Annual report of the Punjab Veterinary College and of the Civil Veterinary Department, Punjab - 1926-1932
Year: 1926
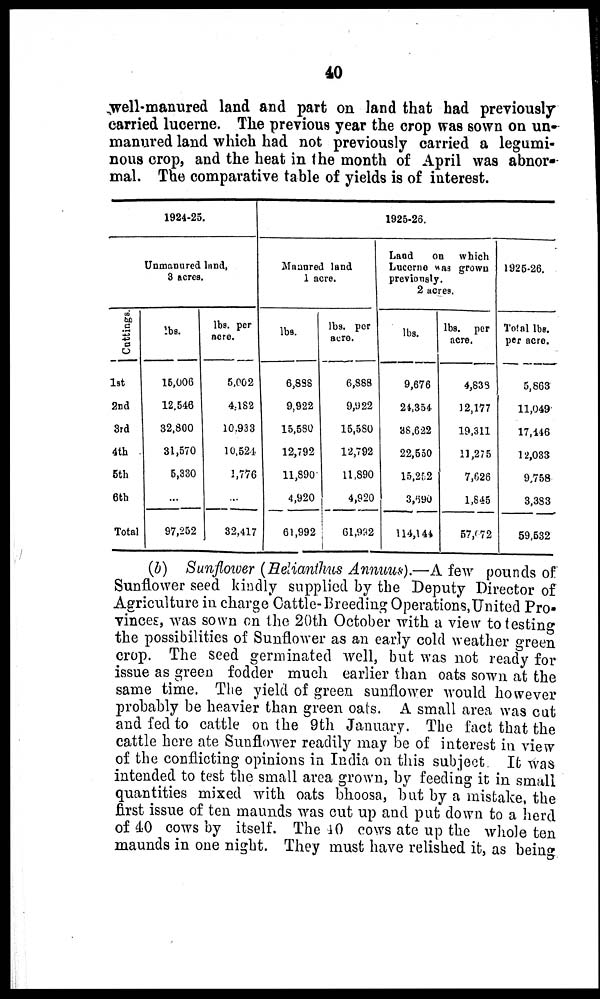
40
well-manured land and part on land that had previously
carried lucerne. The previous year the crop was sown on un-
manured land which had not previously carried a legumi-
nous crop, and the heat in the month of April was abnor-
mal. The comparative table of yields is of interest.
1924-25
Unmanured land,
3 acres.
Cuttings.
1st
2nd
3rd
4th
5th
6th
Total
lbs.
16,006
12,546
32,800
31,570
5,330
...
97,252
lbs. per
acre.
5,002
4,182
10,933
10,524
1,776
...
32,417
1925-26.
Maaured land
1 acre.
lbs.
6,833
9,922
15,580
12,792
11,890
4,920
61,992
lbs. per
aere.
6,888
9,922
15,580
12,792
11,890
4,920
61,992
Land
on
which
Lucerne was grown
previously.
2 acres.
lbs.
9,676
24,354
38,622
22,550
15,252
3,690
114,144
lbs. per
acre.
4,838
12,177
19,311
11,275
7,626
1,845
57,072
1925-26.
Total lbs.
per acre.
5,863
11,049
17,146
12,033
9,758
3,383
59,532
(b) Sunflwer (Helianthus Annum).—A few pounds of
Sunflower seed kindly supplied by the Deputy Director of
Agriculture in charge Cattle-Breeding Operations, United Pro-
vinces, was sown on the 20th October with a view to testing
the possibilities of Sunflower as an early cold weather green
crop. The seed germinated well, but was not ready for
issue as green fodder much earlier than oats sown at the
same time. The yield of green sunflower would however
probably be heavier than green oats. A small area was cut
and fed to cattle on the 9th January. The fact that the
cattle here ate Sunflower readily may be of interest in view
of the conflicting opinions in India on this subject. It was
intended to test the small area grown, by feeding it in small
quantities mixed with oats bhoosa, but by a mistake, the
first issue of ten maunds was cut up and put down to a herd
of 40 cows by itself. The 40 cows ate up the whole ten
maunds in one night. They must have relished it, as being